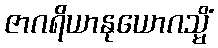
ဇာဂရိယာနုယောဂသ္မိံ